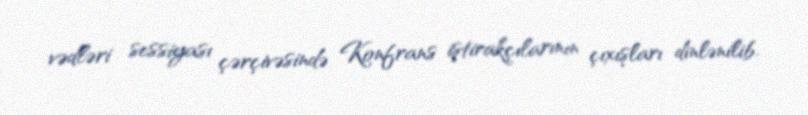
vədləri sessiyası çərçivəsində Konfrans iştirakçılarının çıxışları dinlənilib.